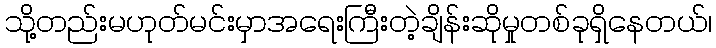
သို့တည်းမဟုတ်မင်းမှာအရေးကြီးတဲ့ချိန်းဆိုမှုတစ်ခုရှိနေတယ်၊